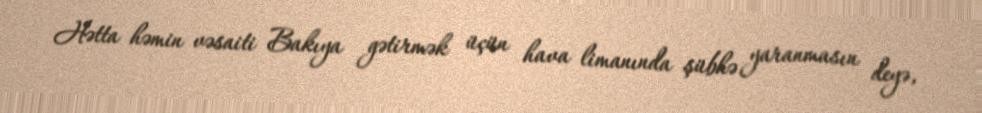
Hətta həmin vəsaiti Bakıya gətirmək üçün hava limanında şübhə yaranmasın deyə,